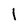
Character: I